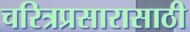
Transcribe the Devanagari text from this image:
चरित्रप्रसारासाठी